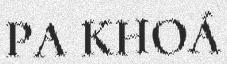
PA KHOÁ